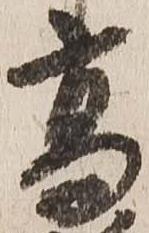
高